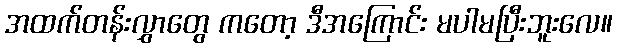
အထက်တန်းလွှာတွေ ကတော့ ဒီအကြောင်း မပါမပြီးဘူးလေ။